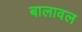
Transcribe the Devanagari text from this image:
बालावल